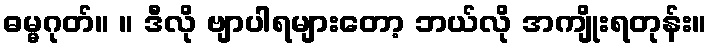
ဓမ္မဂုတ်။ ။ ဒီလို ဗျာပါရများတော့ ဘယ်လို အကျိုးရတုန်း။